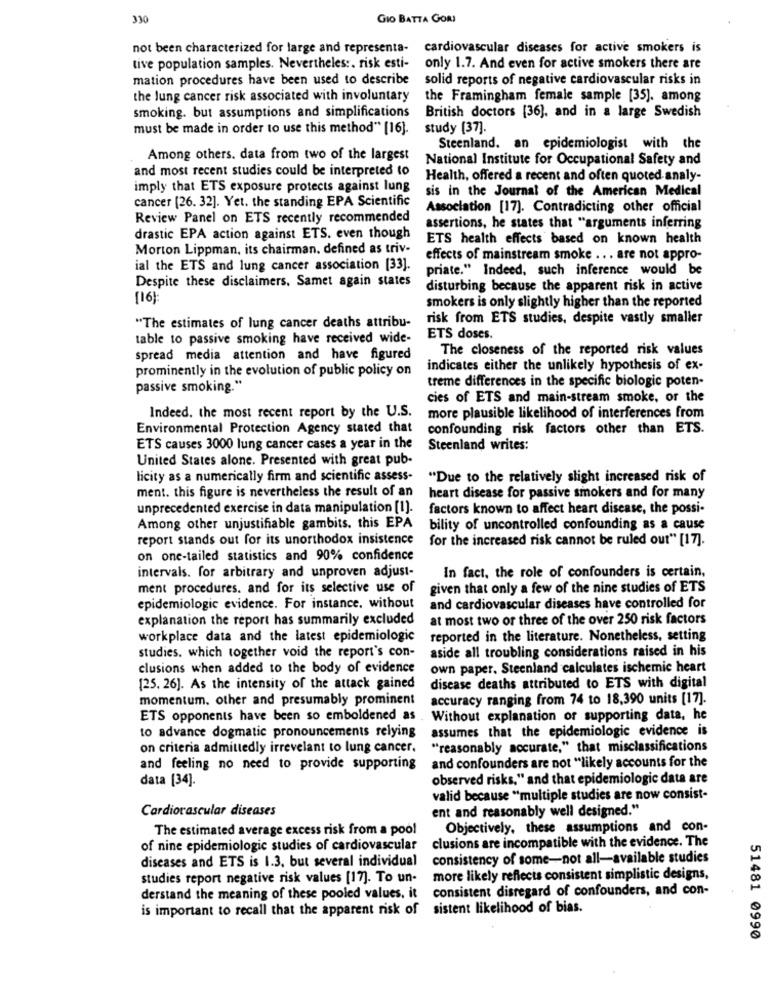
330
GIO BATTA GORI
not been characterized for large and representa-
cardiovascular diseases for active smokers is
tive population samples. Nevertheles :. risk esti-
only 1.7. And even for active smokers there are
mation procedures have been used to describe
solid reports of negative cardiovascular risks in
the lung cancer risk associated with involuntary
the Framingham female sample [35]. among
British doctors [36]. and in a large Swedish
smoking. but assumptions and simplifications
must be made in order to use this method" [16].
study [37].
Steenland. an epidemiologist with the
Among others. data from two of the largest
National Institute for Occupational Safety and
and most recent studies could be interpreted to
Health, offered a recent and often quoted analy-
imply that ETS exposure protects against lung
sis in the Journal of the American Medical
cancer [26. 32]. Yet. the standing EPA Scientific
Association [17]. Contradicting other official
Review Panel on ETS recently recommended
assertions, he states that "arguments inferring
drastic EPA action against ETS. even though
ETS health effects based on known health
Morton Lippman, its chairman. defined as triv-
effects of mainstream smoke ... are not appro-
ial the ETS and lung cancer association [33].
priate." Indeed, such inference would be
Despite these disclaimers. Samet again states
disturbing because the apparent risk in active
[16]
smokers is only slightly higher than the reported
risk from ETS studies, despite vastly smaller
"The estimates of lung cancer deaths attribu-
table to passive smoking have received wide-
ETS doses.
The closeness of the reported risk values
spread media attention and have figured
prominently in the evolution of public policy on
indicates either the unlikely hypothesis of ex-
treme differences in the specific biologic poten-
passive smoking."
cies of ETS and main-stream smoke, or the
Indeed. the most recent report by the U.S.
more plausible likelihood of interferences from
Environmental Protection Agency stated that
confounding risk factors other than ETS.
ETS causes 3000 lung cancer cases a year in the
Steenland writes:
United States alone. Presented with great pub-
licity as a numerically firm and scientific assess-
"Due to the relatively slight increased risk of
ment. this figure is nevertheless the result of an
heart disease for passive smokers and for many
unprecedented exercise in data manipulation [1].
factors known to affect heart disease, the possi-
Among other unjustifiable gambits. this EPA
bility of uncontrolled confounding as a cause
report stands out for its unorthodox insistence
for the increased risk cannot be ruled out" [17].
on one-tailed statistics and 90% confidence
intervals. for arbitrary and unproven adjust-
In fact, the role of confounders is certain,
ment procedures. and for its selective use of
given that only a few of the nine studies of ETS
epidemiologic evidence. For instance. without
and cardiovascular diseases have controlled for
explanation the report has summarily excluded
at most two or three of the over 250 risk factors
workplace data and the latest epidemiologic
reported in the literature. Nonetheless, setting
aside all troubling considerations raised in his
studies. which together void the report's con-
clusions when added to the body of evidence
own paper. Steenland calculates ischemic heart
[25. 26]. As the intensity of the attack gained
disease deaths attributed to ETS with digital
momentum. other and presumably prominent
accuracy ranging from 74 to 18,390 units [17].
ETS opponents have been so emboldened as
Without explanation or supporting data, he
to advance dogmatic pronouncements relying
assumes that the epidemiologic evidence is
on criteria admittedly irrevelant to lung cancer.
"reasonably accurate," that misclassifications
and confounders are not "likely accounts for the
and feeling no need to provide supporting
data [34].
observed risks." and that epidemiologic data are
valid because "multiple studies are now consist-
Cardiovascular diseases
ent and reasonably well designed."
The estimated average excess risk from a pool
Objectively, these assumptions and con-
clusions are incompatible with the evidence. The
of nine epidemiologic studies of cardiovascular
diseases and ETS is 1.3, but several individual
consistency of some-not all-available studies
studies report negative risk values [17]. To un-
more likely reflects consistent simplistic designs,
consistent disregard of confounders, and con-
derstand the meaning of these pooled values, it
is important to recall that the apparent risk of sistent likelihood of bias.
51481 0990